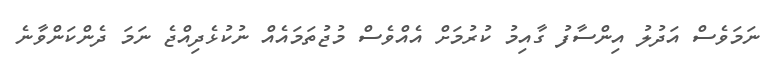
ނަމަވެސް އަދުލު އިންސާފު ގާއިމު ކުރުމަށް އެއްވެސް މުޖުތަމައެއް ނުކުޅެދިއްޖެ ނަމަ ދެންކަންވާނެ